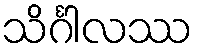
သိင်္ဂါလဿ